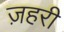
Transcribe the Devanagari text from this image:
ज़हरी